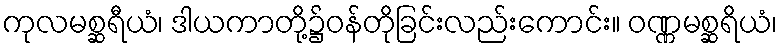
ကုလမစ္ဆရီယံ၊ ဒါယကာတို့၌ဝန်တိုခြင်းလည်းကောင်း။ ဝဏ္ဏမစ္ဆရိယံ၊